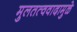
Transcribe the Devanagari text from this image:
मुलतत्ववादामुळे